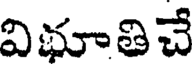
విభూతిచే